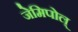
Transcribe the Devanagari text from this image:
जेमिपोल्